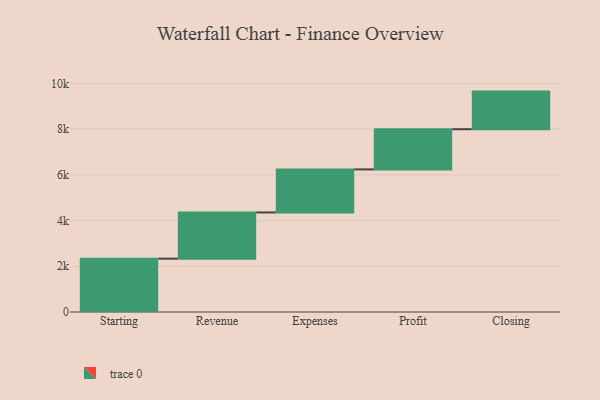
{"axis": {"x": "Step", "y": "Value"}, "legend": [""], "data": [{"x": "Starting", "y": 2333.0, "type": ""}, {"x": "Revenue", "y": 2022.0, "type": ""}, {"x": "Expenses", "y": 1883.0, "type": ""}, {"x": "Profit", "y": 1758.0, "type": ""}, {"x": "Closing", "y": 1646.0, "type": ""}]}